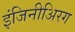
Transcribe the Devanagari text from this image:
इंजिनीअिरग